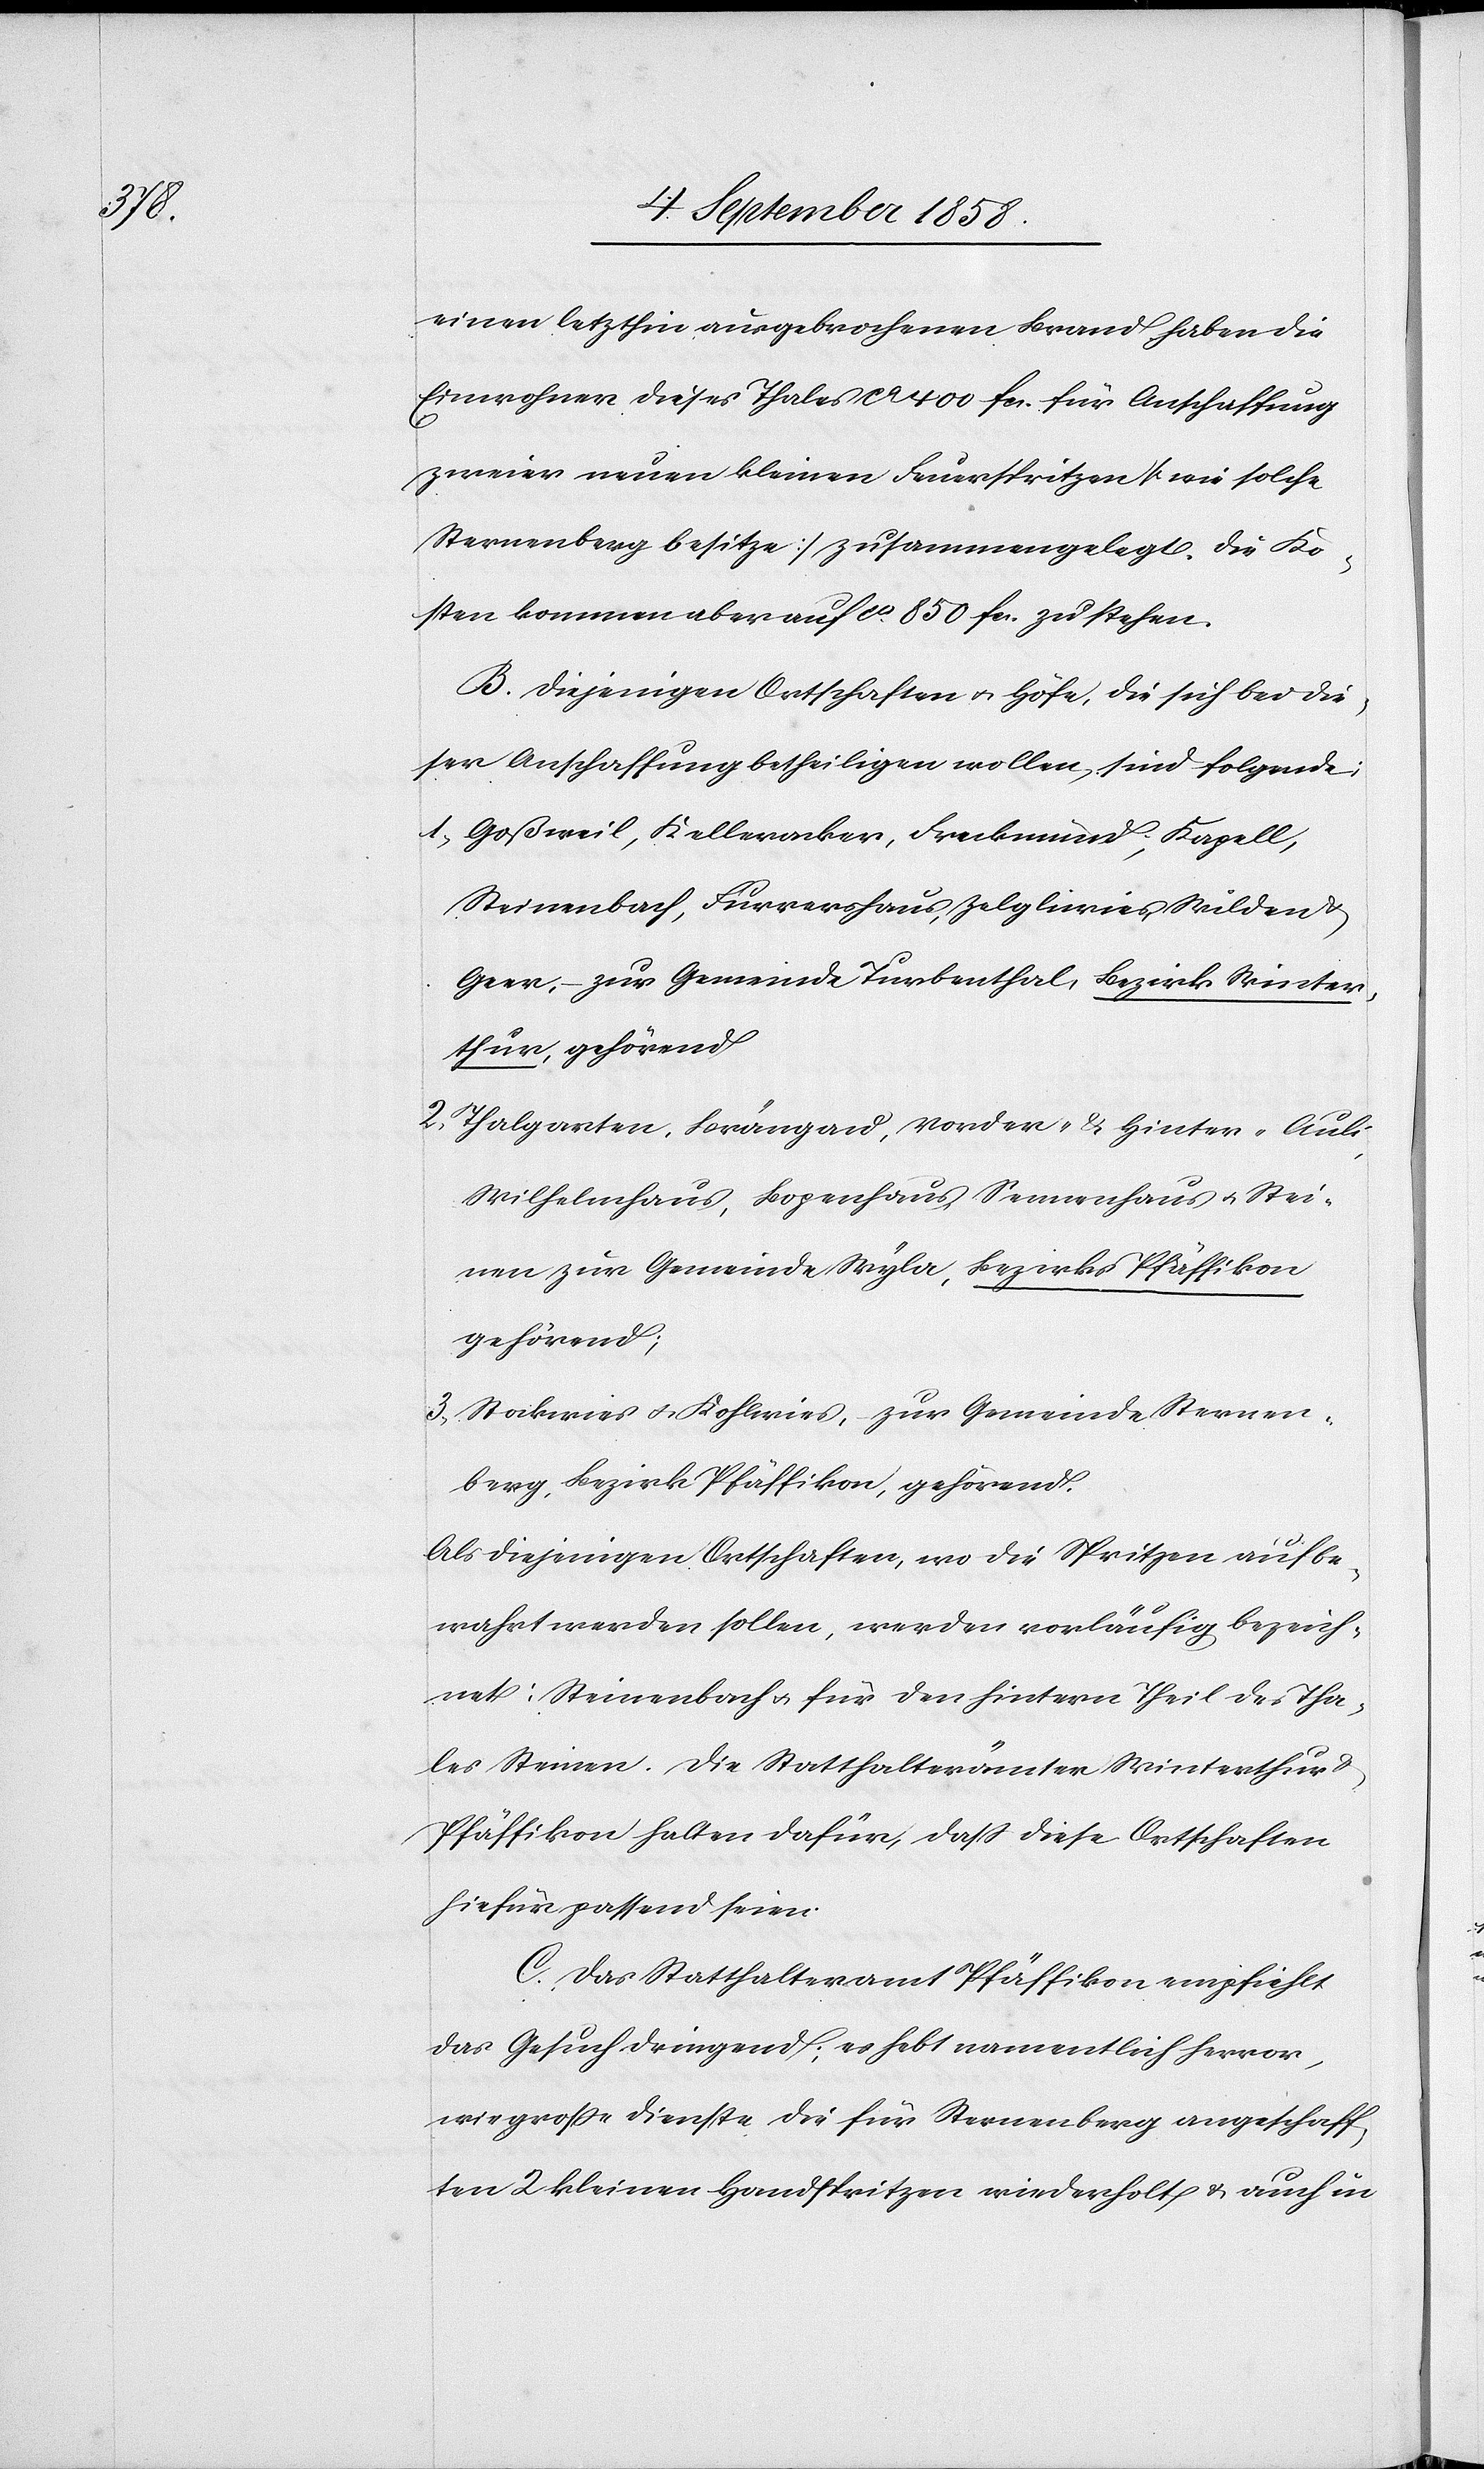
Stei¬

einen letzthin ausgebrochenen Brand haben die
Einwohner dieses Thales ca 400 fcs. für Anschaffung
zweier neuen kleinen Feuerspritzen [wie solche
Sternenberg besitze] zusammengelegt. Die Ko¬
sten kommen aber auf ca. 850 fcs. zu stehen.
B. Diejenigen Ortschaften & Höfe, die sich bei die¬
ser Anschaffung betheiligen wollen, sind folgende:
Goßweil, Kelleracker, Freckmünd, Kapell,
Steinenbach, Furrershaus, Zelgliwies, Wilden
Geer, – zur Gemeinde Turbenthal, Bezirk Winter¬
thur, gehörend
Thalgarten, Brängau, Vorder- & Hinter-Auli,
Wilhelmhaus, Bopenhaus [recte: Bogenhaus], Sen¬
nen zur Gemeinde Wyla, Bezirks Pfäffikon
gehörend;
Stockwies & Kohlwies, zur Gemeinde Sternen¬
berg, Bezirk Pfäffikon, gehörend.
Als diejenigen Ortschaften, wo die Spritzen aufbe¬
wahrt werden sollen, werden vorläufig bezeich¬
net: Steinenbach & für den hintern Theil des Tha¬
les Steinen. Die Statthalterämter Winterthur &
Pfäffikon halten dafür, dass diese Ortschaften
hiefür passend seien.
C. Das Statthalteramt Pfäffikon empfiehlt
das Gesuch dringend; es hebt namentlich hervor,
wie grosse Dienste die für Sternenberg angeschaff¬
ten 2 kleinen Handspritzen wiederholt & auch in